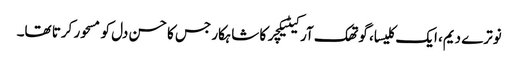
نوترے دیم، ایک کلیسا، گوتھک آرکیٹیکچر کا شاہکار جس کا حسن دل کو مسحور کرتا تھا۔